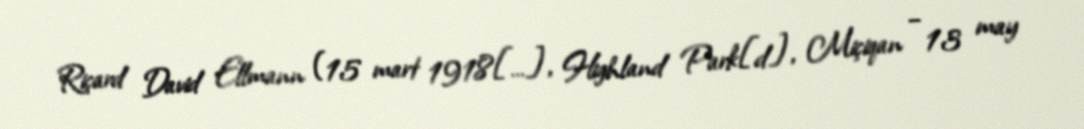
Riçard David Ellmann (15 mart 1918[…], Highland Park[d], Miçiqan – 13 may